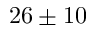
2 6 \pm 1 0